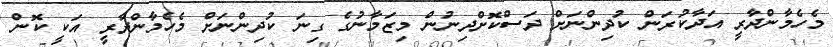
މެހެމާންދާރީ އަދާކުރަން ކުދިންނަށް ދަސްކޮށްދިނުން މިޒަމާނުގެ ގިނަ ކުދިންނަށް މެހެމާންދާރީ އަކީ ކޮން